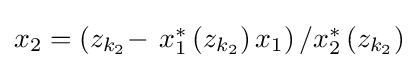
{\textstyle x_{2}=\left(z_{k_{2}}-\right.\left.x_{1}^{*}\left(z_{k_{2}}\right)x_{1}\right)/x_{2}^{*}\left(z_{k_{2}}\right)}